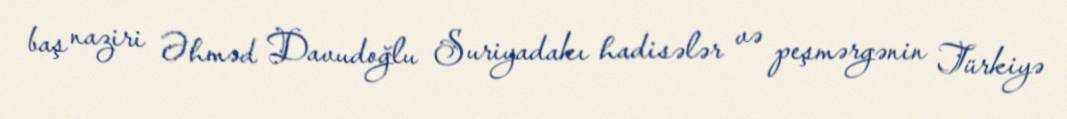
baş naziri Əhməd Davudoğlu Suriyadakı hadisələr və peşmərgənin Türkiyə